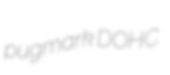
pugmark DOHC